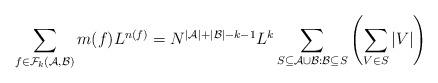
LaTeX: \begin{align*}\sum_{f \in \mathcal{F}_k(\mathcal{A},\mathcal{B})} m(f) L^{n(f)} = N^{|\mathcal{A}| + |\mathcal{B}|-k-1}L^k \sum_{S \subseteq \mathcal{A} \cup \mathcal{B}: \mathcal{B} \subseteq S} \left(\sum_{V \in S} |V| \right)\end{align*}